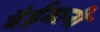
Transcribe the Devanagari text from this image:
बैईमानी